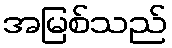
အမြစ်သည်